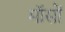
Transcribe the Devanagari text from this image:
मॉसों